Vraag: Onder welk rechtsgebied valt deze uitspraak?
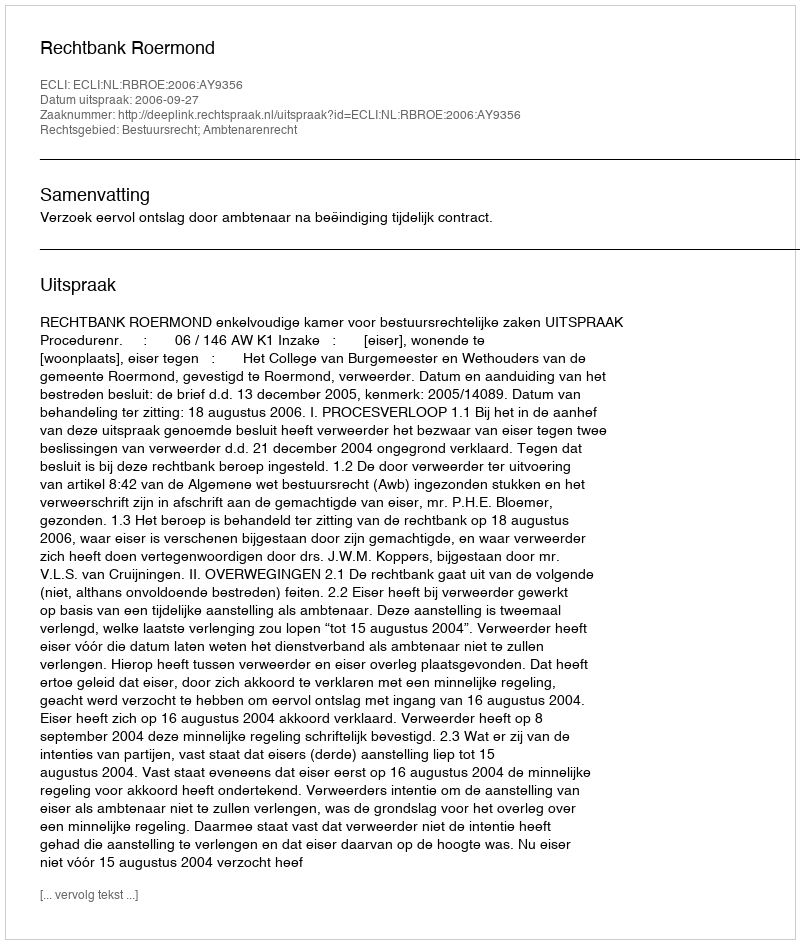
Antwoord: Bestuursrecht; Ambtenarenrecht